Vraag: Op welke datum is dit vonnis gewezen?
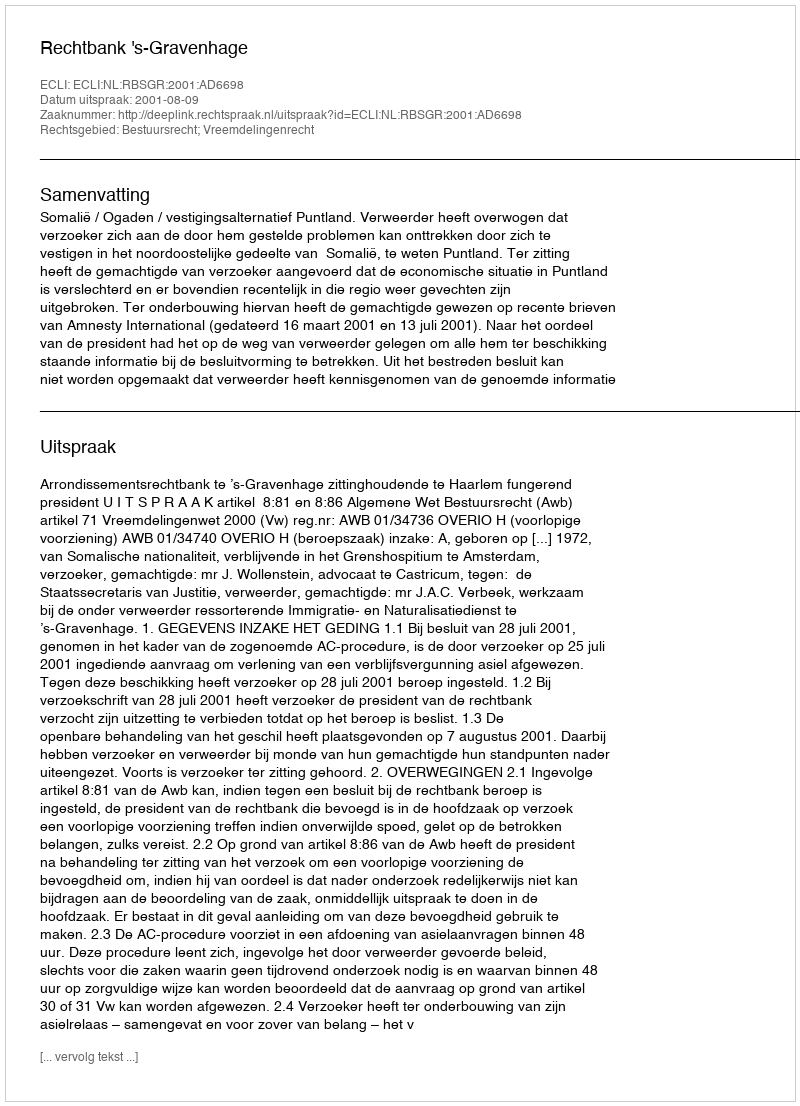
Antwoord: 2001-08-09